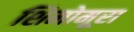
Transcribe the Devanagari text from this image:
शिमोमूरा